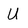
Character: U